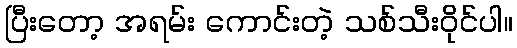
ပြီးတော့ အရမ်း ကောင်းတဲ့ သစ်သီးဝိုင်ပါ။